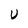
Character: U